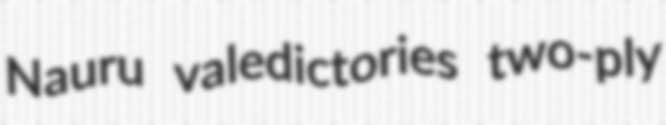
Nauru valedictories two-ply